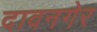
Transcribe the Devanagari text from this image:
दावनगेर